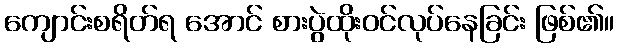
ကျောင်းစရိတ်ရ အောင် စားပွဲထိုးဝင်လုပ်နေခြင်း ဖြစ်၏။